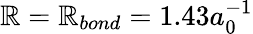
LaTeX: \mathbb{R}=\mathbb{R}_{bond}=1.43a_{0}^{-1}